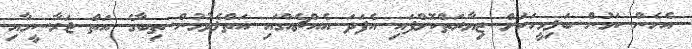
އެހެން ކަމުން ބަލިމީހަކަށް ޒިޔާރަތްކޮށްފައި އެފަދަ އެއްޗެއްގައި އަތްލެވުމުން ތިބާގެ އަތް ޖަރާސީމާއި